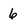
Character: 6